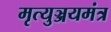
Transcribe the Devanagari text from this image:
मृत्युञ्जयमंत्र